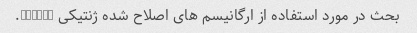
بحث در مورد استفاده از ارگانیسم های اصلاح شده ژنتیکی (GMOs).